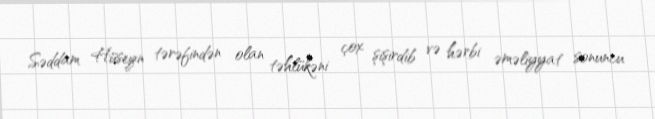
Səddam Hüseyn tərəfindən olan təhlükəni çox şişirdib və hərbi əməliyyat sonuncu